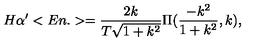
H \alpha ^ { \prime } < E n . > = \frac { 2 k } { T \sqrt { 1 + k ^ { 2 } } } \Pi ( \frac { - k ^ { 2 } } { 1 + k ^ { 2 } } , k ) ,